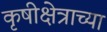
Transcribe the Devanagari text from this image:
कृषीक्षेत्राच्या